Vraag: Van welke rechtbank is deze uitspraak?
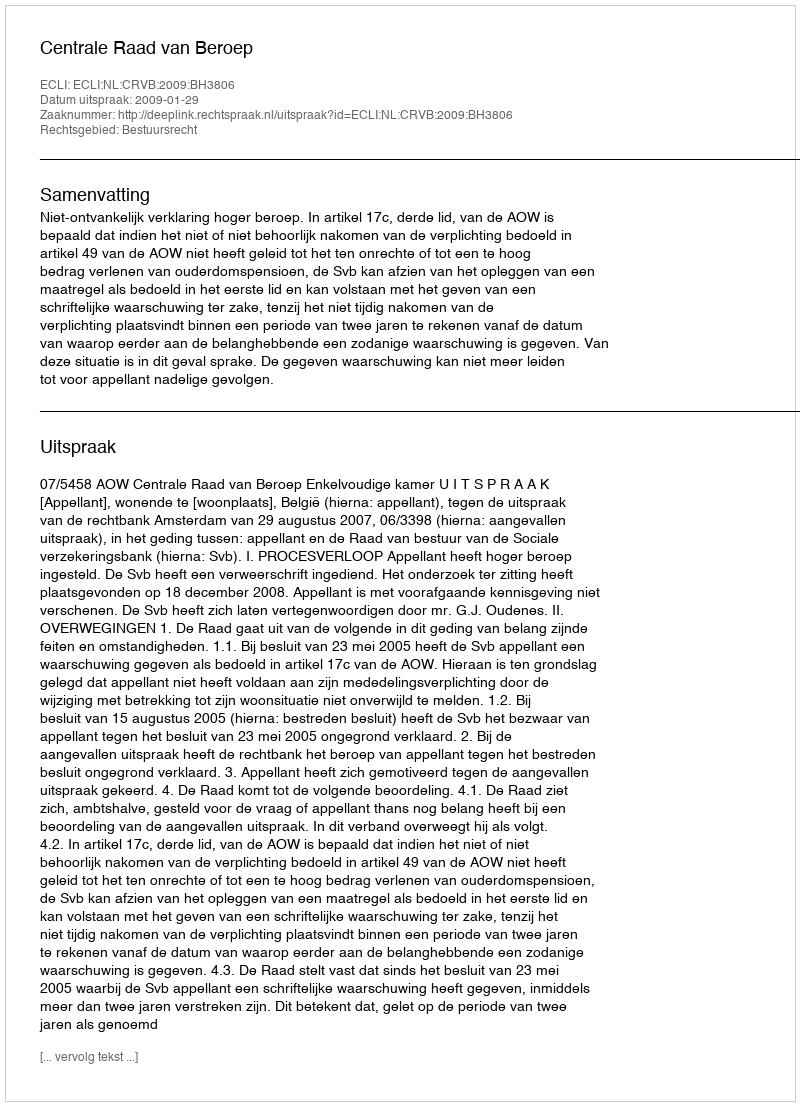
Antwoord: Centrale Raad van Beroep